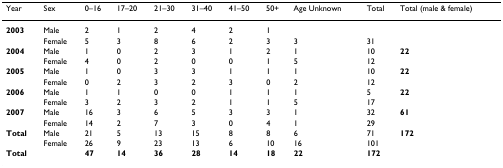
<table><thead><tr><td><b>Year</b></td><td><b>Sex</b></td><td><b>0–16</b></td><td><b>17–20</b></td><td><b>21–30</b></td><td><b>31–40</b></td><td><b>41–50</b></td><td><b>50+</b></td><td><b>Age Unknown</b></td><td><b>Total</b></td><td><b>Total (male &amp; female)</b></td></tr></thead><tbody><tr><td><b>2003</b></td><td>Male</td><td>2</td><td>1</td><td>2</td><td>4</td><td>2</td><td>1</td><td></td><td></td><td></td></tr><tr><td></td><td>Female</td><td>5</td><td>3</td><td>8</td><td>6</td><td>2</td><td>3</td><td>3</td><td>31</td><td></td></tr><tr><td><b>2004</b></td><td>Male</td><td>1</td><td>0</td><td>2</td><td>3</td><td>1</td><td>2</td><td>1</td><td>10</td><td><b>22</b></td></tr><tr><td></td><td>Female</td><td>4</td><td>0</td><td>2</td><td>0</td><td>0</td><td>1</td><td>5</td><td>12</td><td></td></tr><tr><td><b>2005</b></td><td>Male</td><td>1</td><td>0</td><td>3</td><td>3</td><td>1</td><td>1</td><td>1</td><td>10</td><td><b>22</b></td></tr><tr><td></td><td>Female</td><td>0</td><td>2</td><td>3</td><td>2</td><td>3</td><td>0</td><td>2</td><td>12</td><td></td></tr><tr><td><b>2006</b></td><td>Male</td><td>1</td><td>1</td><td>0</td><td>0</td><td>1</td><td>1</td><td>1</td><td>5</td><td><b>22</b></td></tr><tr><td></td><td>Female</td><td>3</td><td>2</td><td>3</td><td>2</td><td>1</td><td>1</td><td>5</td><td>17</td><td></td></tr><tr><td><b>2007</b></td><td>Male</td><td>16</td><td>3</td><td>6</td><td>5</td><td>3</td><td>3</td><td>1</td><td>32</td><td><b>61</b></td></tr><tr><td></td><td>Female</td><td>14</td><td>2</td><td>7</td><td>3</td><td>0</td><td>4</td><td>1</td><td>29</td><td></td></tr><tr><td><b>Total</b></td><td>Male</td><td>21</td><td>5</td><td>13</td><td>15</td><td>8</td><td>8</td><td>6</td><td>71</td><td><b>172</b></td></tr><tr><td></td><td>Female</td><td>26</td><td>9</td><td>23</td><td>13</td><td>6</td><td>10</td><td>16</td><td>101</td><td></td></tr><tr><td><b>Total</b></td><td></td><td><b>47</b></td><td><b>14</b></td><td><b>36</b></td><td><b>28</b></td><td><b>14</b></td><td><b>18</b></td><td><b>22</b></td><td><b>172</b></td><td></td></tr></tbody></table>